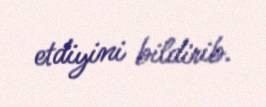
etdiyini bildirib.